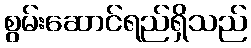
စွမ်းဆောင်ရည်ရှိသည်